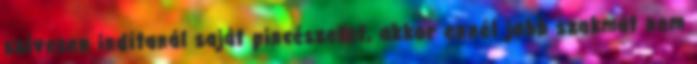
szívesen indítanál saját pincészetet, akkor ennél jobb szakmát nem